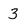
Character: 3